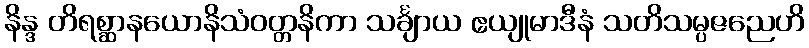
နိန္ဒ တိရစ္ဆာနယောနိသံဝတ္တနိကာ သင်္ချာယ ဧယျုမာဒီနံ သတိသမ္ပဇညေဟိ